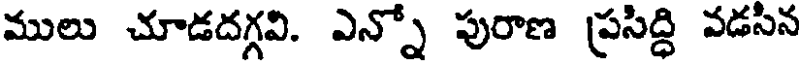
ములు చూడదగ్గవి. ఎన్నో పురాణ ప్రసిద్ధి వడసిన